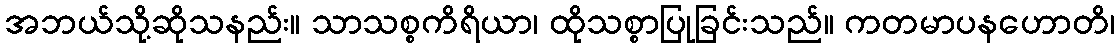
အဘယ်သို့ဆိုသနည်း။ သာသစ္စကိရိယာ၊ ထိုသစ္စာပြုခြင်းသည်။ ကတမာပနဟောတိ၊